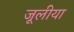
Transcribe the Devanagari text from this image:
जूलीया